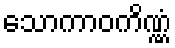
သောကာဝကိဏ္ဏံ